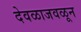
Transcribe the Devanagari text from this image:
देवळाजवळून